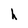
Character: h